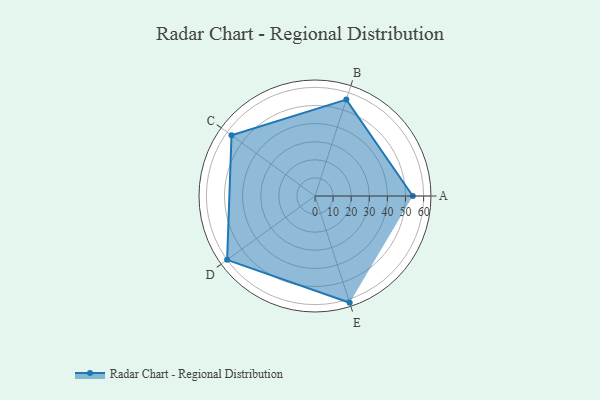
{"axis": {"x": "Skill", "y": "Score"}, "legend": ["Profile"], "data": [{"x": "A", "y": 54.0, "type": "Profile"}, {"x": "B", "y": 56.0, "type": "Profile"}, {"x": "C", "y": 57.0, "type": "Profile"}, {"x": "D", "y": 60.0, "type": "Profile"}, {"x": "E", "y": 62.0, "type": "Profile"}]}